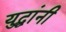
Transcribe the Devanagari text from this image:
युद्धांनी